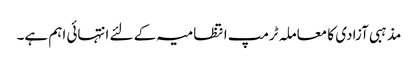
مذہبی آزادی کا معاملہ ٹرمپ انتظامیہ کے لئے انتہائی اہم ہے۔